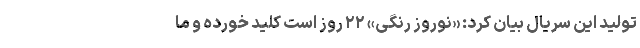
تولید این سریال بیان کرد: «نوروز رنگی» ۲۲ روز است کلید خورده و ما